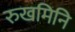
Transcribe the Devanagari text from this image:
रुखमिनि